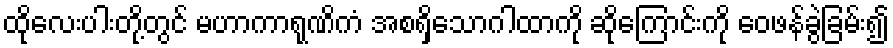
ထိုလေးပါးတို့တွင် မဟာကာရုဏိကံ အစရှိသောဂါထာကို ဆိုကြောင်းကို ဝေဖန်ခွဲခြမ်း၍